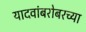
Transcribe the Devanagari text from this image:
यादवांबरोबरच्या